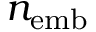
n _ { \mathrm { e m b } }